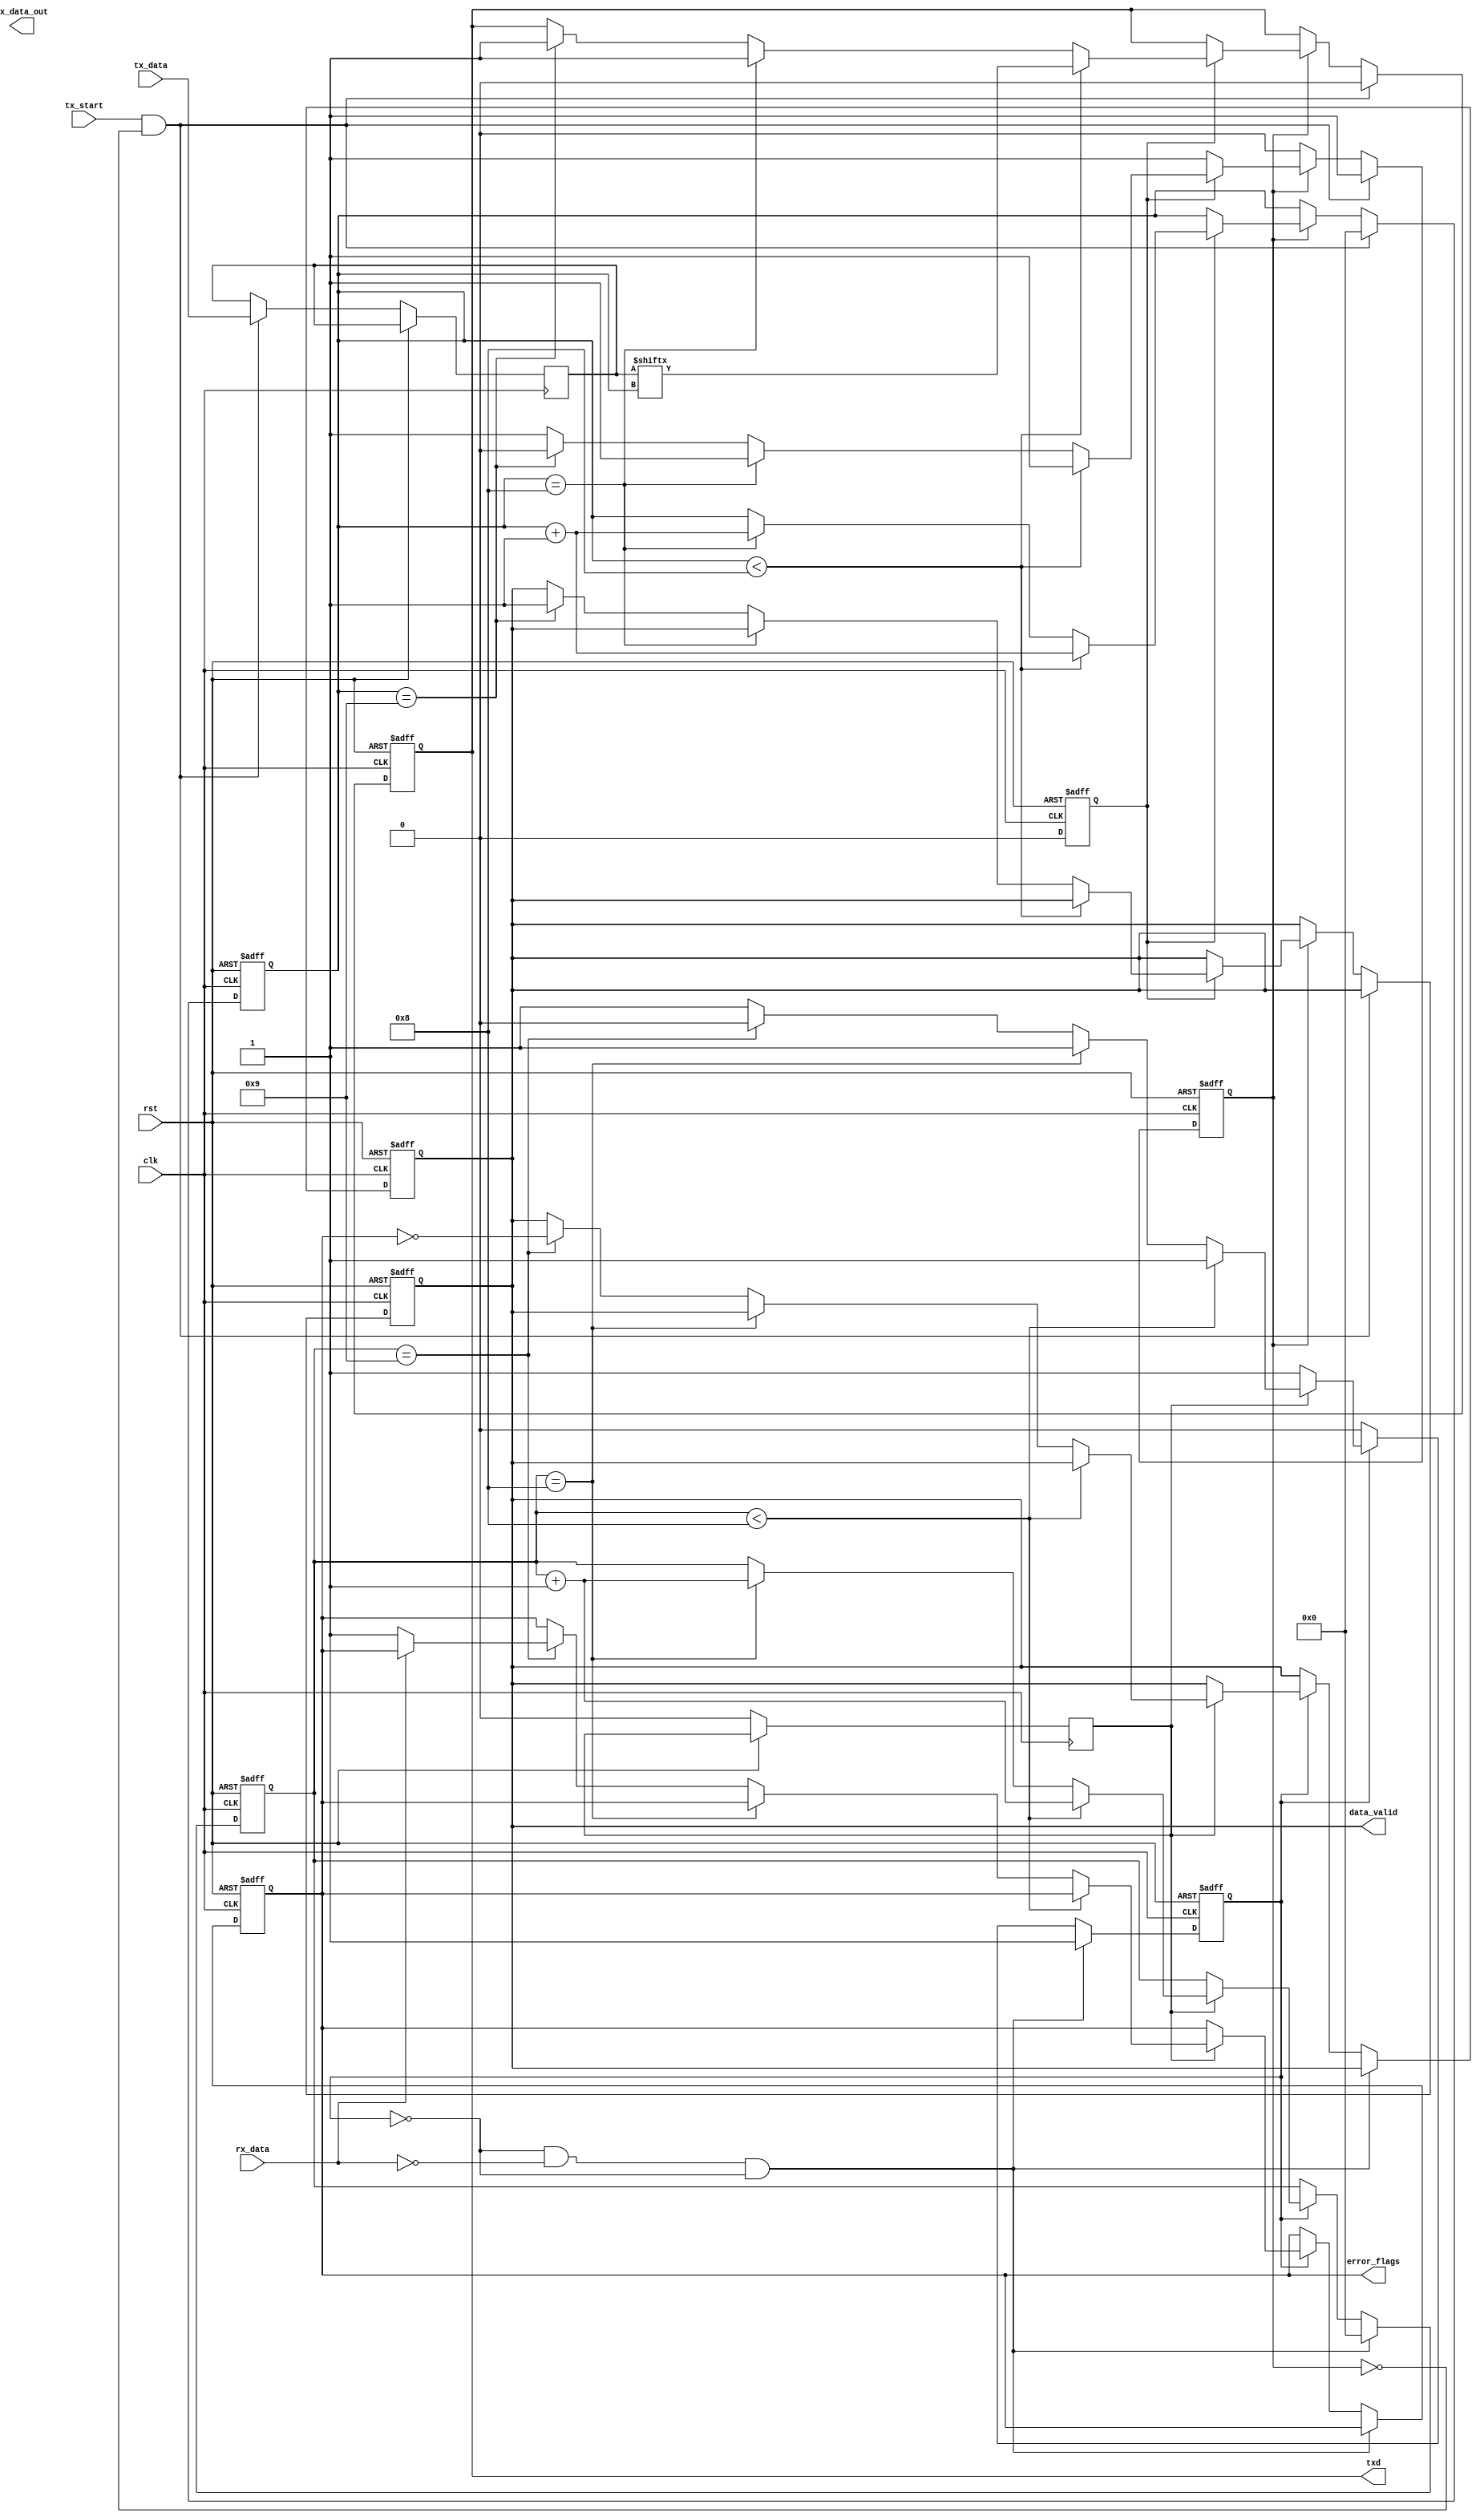
module parameterized_uart #(
    parameter BAUD_RATE = 9600,
    parameter DATA_WIDTH = 8,
    parameter STOP_BITS = 1,
    parameter PARITY = "NONE", // Options: "NONE", "EVEN", "ODD"
    parameter CLOCK_FREQ = 50000000
)(
    input wire clk,
    input wire rst,
    input wire tx_start,
    input wire [DATA_WIDTH-1:0] tx_data,
    input wire rx_data,

    output reg txd,
    output reg [DATA_WIDTH-1:0] rx_data_out,
    output reg data_valid,
    output reg error_flags
);

localparam BAUD_DIV = CLOCK_FREQ / BAUD_RATE;

// Transmitter Variables
reg [11:0] tx_counter;
reg [3:0] tx_bit_index;
reg tx_busy;
reg tx_parity;
reg [DATA_WIDTH-1:0] tx_buffer;

// Receiver Variables
reg [11:0] rx_counter;
reg [3:0] rx_bit_index;
reg rx_busy;
reg rx_sample;
reg [DATA_WIDTH-1:0] rx_buffer;
reg rx_parity_received;
reg rx_parity_calculated;

// Baud Rate Generator
reg baud_en;

always @(posedge clk or posedge rst) begin
    if (rst) begin
        tx_counter <= 0;
        rx_counter <= 0;
        baud_en <= 0;
    end else begin
        if (tx_busy || rx_busy) begin
            if (tx_counter == BAUD_DIV - 1) begin
                baud_en <= 1;
                tx_counter <= 0;
            end else begin
                tx_counter <= tx_counter + 1;
                baud_en <= 0;
            end
        end else begin
            baud_en <= 0;
        end
        
        if (rx_busy) begin
            if (rx_counter == BAUD_DIV - 1) begin
                rx_sample <= 1;
                rx_counter <= 0;
            end else begin
                rx_counter <= rx_counter + 1;
                rx_sample <= 0;
            end
        end else begin
            rx_sample <= 0;
        end
    end
end

// Transmitter Logic
always @(posedge clk or posedge rst) begin
    if (rst) begin
        txd <= 1; // Idle state HIGH
        tx_busy <= 0;
        tx_bit_index <= 0;
        data_valid <= 0;
    end else if (tx_start && !tx_busy) begin
        tx_buffer <= tx_data;
        tx_parity <= (PARITY == "EVEN") ? ~^tx_buffer : ^tx_buffer; // Parity calculation
        tx_busy <= 1;
        txd <= 0; // Start bit
        tx_bit_index <= 0;
    end else if (tx_busy) begin
        if (baud_en) begin
            if (tx_bit_index < DATA_WIDTH) begin
                txd <= tx_buffer[tx_bit_index]; // Send data bits
                tx_bit_index <= tx_bit_index + 1;
            end else if (tx_bit_index == DATA_WIDTH) begin
                if (PARITY != "NONE") begin
                    txd <= tx_parity; // Send parity bit
                end else begin
                    txd <= 1; // No parity, go to stop bit
                end
                tx_bit_index <= tx_bit_index + 1;
            end else if (tx_bit_index == DATA_WIDTH + 1 + STOP_BITS - 1) begin
                txd <= 1; // Stop bit (logic HIGH)
                if (tx_bit_index == DATA_WIDTH + STOP_BITS) begin
                    tx_busy <= 0; // Transmission complete
                    data_valid <= 1;
                end
            end
        end
    end
end

// Receiver Logic
always @(posedge clk or posedge rst) begin
    if (rst) begin
        rx_busy <= 0;
        rx_bit_index <= 0;
        error_flags <= 0;
        data_valid <= 0;
    end else begin
        if (!rx_busy && rx_data == 0 && !rx_busy) begin // Start bit detected
            rx_busy <= 1;
            rx_bit_index <= 0;
            rx_counter <= 0;
        end else if (rx_busy) begin
            if (rx_sample) begin
                if (rx_bit_index < DATA_WIDTH) begin
                    rx_buffer[rx_bit_index] <= rx_data; // Shift in data bits
                    rx_bit_index <= rx_bit_index + 1;
                end else if (rx_bit_index == DATA_WIDTH) begin
                    rx_parity_received <= rx_data; // Receive parity bit
                    rx_bit_index <= rx_bit_index + 1;
                end else if (rx_bit_index == DATA_WIDTH + STOP_BITS) begin
                    // Check for stop bits and parity errors
                    if (rx_data != 1) begin
                        error_flags <= 1; // Framing error
                    end
                    if ((PARITY == "EVEN" && (rx_parity_received ^ ^rx_buffer) != 0) ||
                        (PARITY == "ODD" && (rx_parity_received ^ ^rx_buffer) == 0)) begin
                        error_flags <= 1; // Parity error
                    end
                    data_valid <= !error_flags;
                    rx_busy <= 0; // Reception complete
                end
            end
        end
    end
end

endmodule